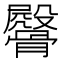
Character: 𩪔